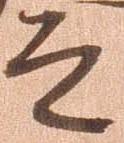
道